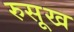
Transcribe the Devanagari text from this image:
रुसूख